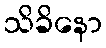
သိခိနော